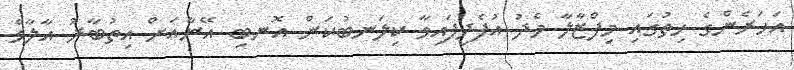
އަހަރެންގެ ހިތުގައި މިފްޒާލާ މެދު އުފެދިފައިވާ ކިލަނބުކަން އޮނބި އޭނާއަށް އިތުބާރު އާލާވެ